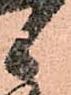
候